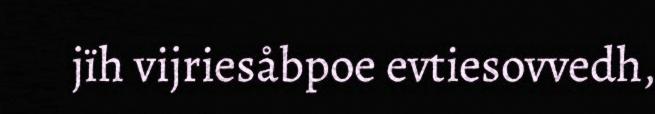
jïh vijriesåbpoe evtiesovvedh,